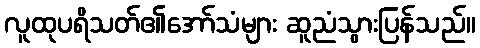
လူထုပရိသတ်၏အော်သံများ ဆူညံသွားပြန်သည်။